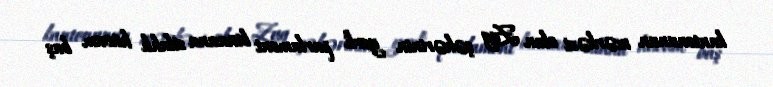
kantonunun mərkəzi olan Zug şəhərinin yerli parlament binasına silahlı hücum baş